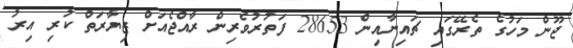
ޖޫން މަހުގެ ތެރޭގައި ޗައިނާއިން 28653 ފަތުރުވެރިން ރާއްޖެއަށް ޒިޔާރަތް ކުރި އިރު